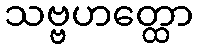
သဗ္ဗဟတ္ထော